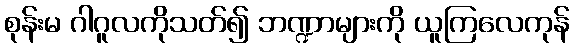
စုန်းမ ဂါဂူလကိုသတ်၍ ဘဏ္ဍာများကို ယူကြလေကုန်